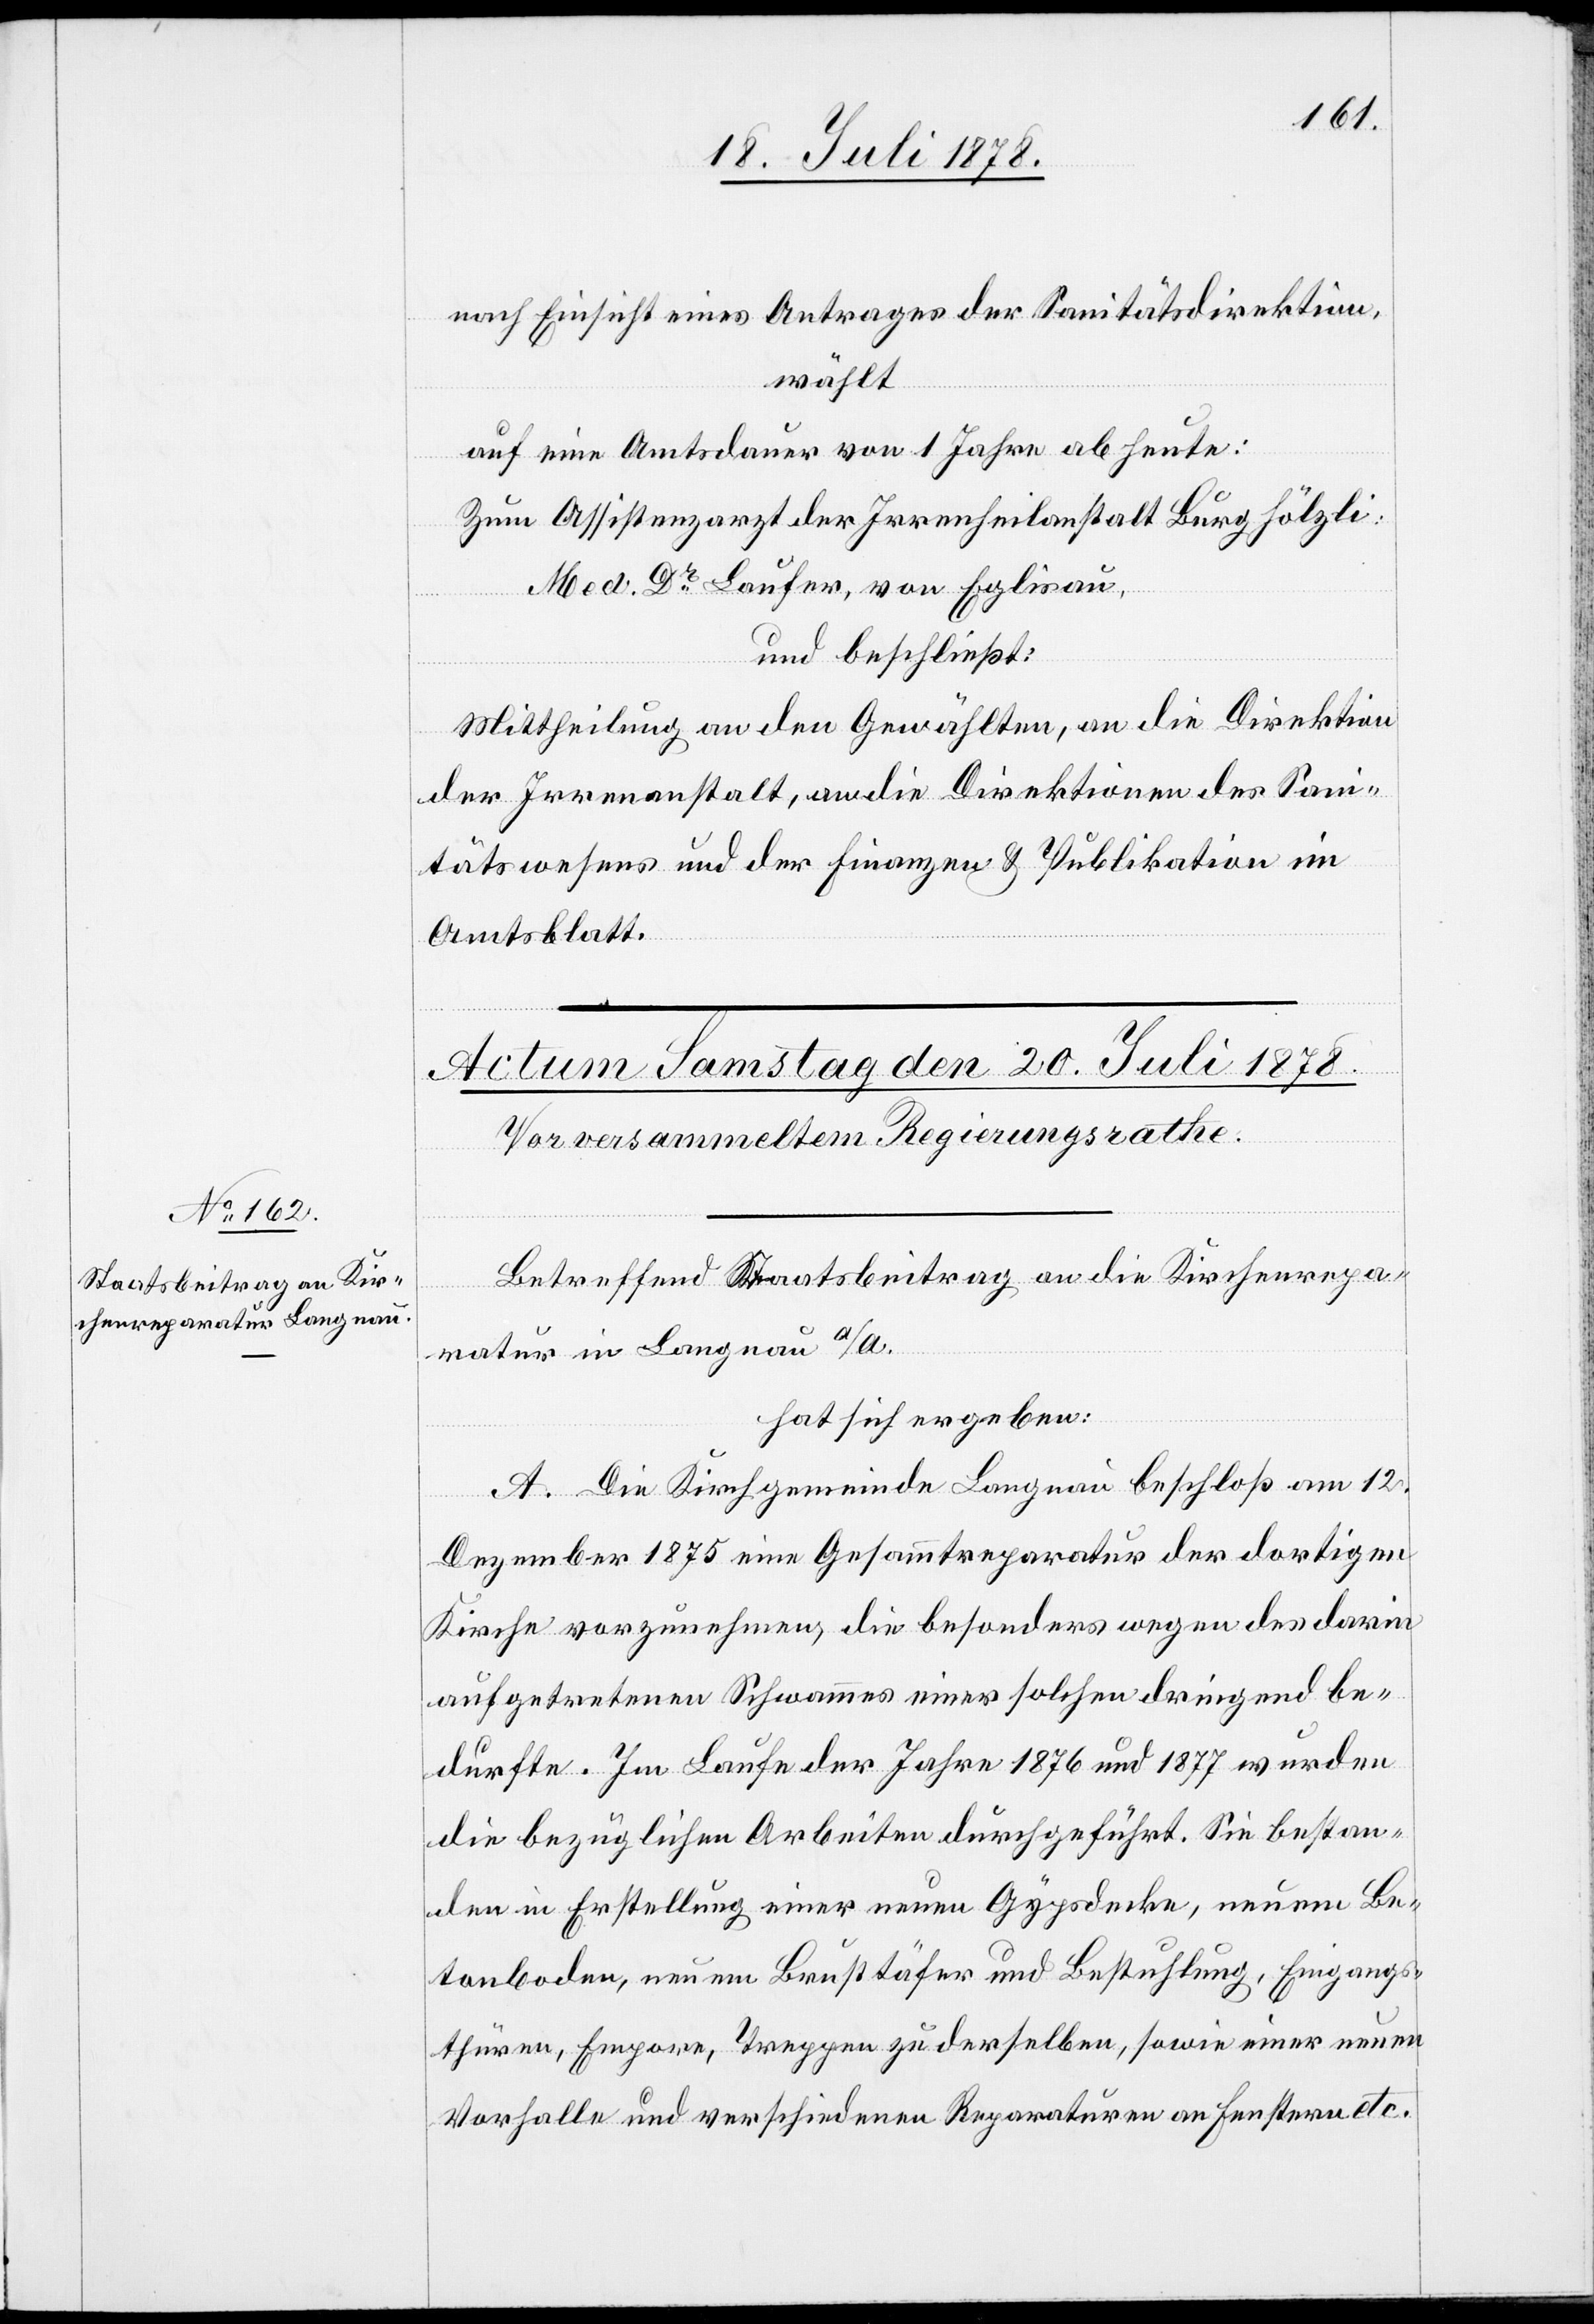
nach Einsicht eines Antrages der Sanitätsdirektion,
wählt
auf eine Amtsdauer von 1 Jahre ab heute:
Zum Assistenzarzt der Irrenheilanstalt Burghölzli:
Med. Dr Laufer, von Eglisau,
und beschließt:
Mittheilung an den Gewählten, an die Direktion
der Irrenheilanstalt, an die Direktionen des Sani¬
tätswesens und der Finanzen & Publikation im
Amtsblatt.
Betreffend Staatsbeitrag an die Kirchenrepa¬
ratur in Langnau a/A.
hat sich ergeben:
A. Die Kirchgemeinde Langnau beschloß am 12.
Dezember 1875 eine Gesammtreparatur der dortigen
Kirche vorzunehmen, die besonders wegen des darin
aufgetretenen Schwammes einer solchen dringend be¬
durfte. Im Laufe der Jahre 1876 und 1877 wurden
die bezüglichen Arbeiten durchgeführt. Sie bestan¬
den in Erstellung einer neuen Gypsdecke, neuem Be¬
tonboden, neuem Brusttäfer und Bestuhlung, Eingangs¬
thüren, Empore, Treppen zu derselben, sowie einer neuen
Vorhalle und verschiedenen Reparaturen an Fenstern etc.